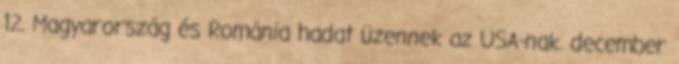
12. Magyarország és Románia hadat üzennek az USA-nak. december